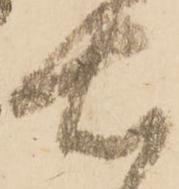
右